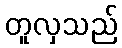
တူလှသည်